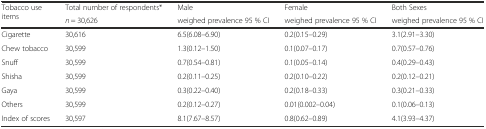
<table><thead><tr><td rowspan="2"><b>Tobacco use items</b></td><td><b>Total number of respondents*</b></td><td><b>Male</b></td><td><b>Female</b></td><td><b>Both Sexes</b></td></tr><tr><td><b><i>n</i> = 30,626</b></td><td><b>weighed prevalence 95 % CI</b></td><td><b>weighed prevalence 95 % CI</b></td><td><b>weighed prevalence 95 % CI</b></td></tr></thead><tbody><tr><td>Cigarette</td><td>30,616</td><td>6.5(6.08–6.90)</td><td>0.2(0.15–0.29)</td><td>3.1(2.91–3.30)</td></tr><tr><td>Chew tobacco</td><td>30,599</td><td>1.3(0.12–1.50)</td><td>0.1(0.07–0.17)</td><td>0.7(0.57–0.76)</td></tr><tr><td>Snuff</td><td>30,599</td><td>0.7(0.54–0.81)</td><td>0.1(0.05–0.14)</td><td>0.4(0.29–0.43)</td></tr><tr><td>Shisha</td><td>30,599</td><td>0.2(0.11–0.25)</td><td>0.2(0.10–0.22)</td><td>0.2(0.12–0.21)</td></tr><tr><td>Gaya</td><td>30,599</td><td>0.3(0.22–0.40)</td><td>0.2(0.18–0.33)</td><td>0.3(0.21–0.33)</td></tr><tr><td>Others</td><td>30,599</td><td>0.2(0.12–0.27)</td><td>0.01(0.002–0.04)</td><td>0.1(0.06–0.13)</td></tr><tr><td>Index of scores</td><td>30,597</td><td>8.1(7.67–8.57)</td><td>0.8(0.62–0.89)</td><td>4.1(3.93–4.37)</td></tr></tbody></table>